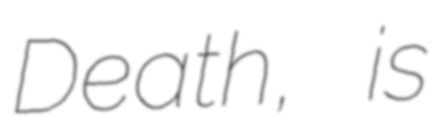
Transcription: Death, is